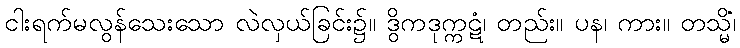
ငါးရက်မလွန်သေးသော လဲလှယ်ခြင်း၌။ ဒွိကဒုက္ကဋံ၊ တည်း။ ပန၊ ကား။ တသ္မိံ၊